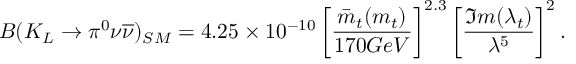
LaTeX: B ( K _ { L } \rightarrow \pi ^ { 0 } \nu \overline { { { \nu } } } ) _ { S M } = 4 . 2 5 \times 1 0 ^ { - 1 0 } \left[ \frac { \bar { m } _ { t } ( m _ { t } ) } { 1 7 0 G e V } \right] ^ { 2 . 3 } \left[ \frac { \Im m ( \lambda _ { t } ) } { \lambda ^ { 5 } } \right] ^ { 2 } .